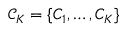
\mathcal { C } _ { K } = \{ C _ { 1 } , \ldots , C _ { K } \}